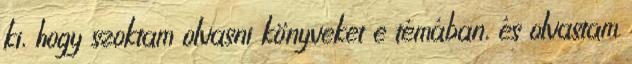
ki, hogy szoktam olvasni könyveket e témában, és olvastam